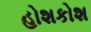
હોશકોશ